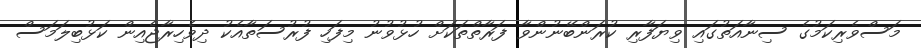
މަސްވެރިކަމުގެ ސިނާއަތުގައި ވިޔަފާރި ކުރަންބޭނުންވާ ފަރާތްތަކަށް ހުޅުވުނު މިފަހި ފުރުސަތާއެކު ދިވެހިރާޖެއިން ކަޅުބިލަމަސް